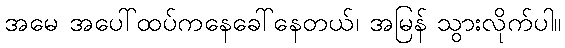
အမေ အပေါ်ထပ်ကနေခေါ်နေတယ်၊ အမြန် သွားလိုက်ပါ။